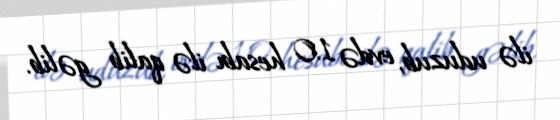
ilə uduzub, evdə 1:0 hesabı ilə qalib gəlib.